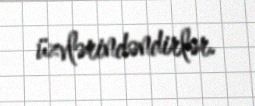
üzvlərindəndirlər.